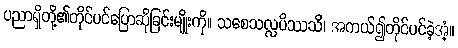
ပညာရှိတို့၏တိုင်ပင်ပြောဆိုခြင်းမျိုးကို။ သစေသလ္လပိဿသိ၊ အကယ်၍တိုင်ပင်ခဲ့အံ့။